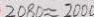
2 0 8 0 \approx 2 0 0 0